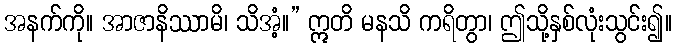
အနက်ကို။ အာဇာနိဿာမိ၊ သိအံ့။” ဣတိ မနသိ ကရိတွာ၊ ဤသို့နှစ်လုံးသွင်း၍။